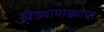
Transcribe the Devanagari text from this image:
खेड्यापाड्यांचा